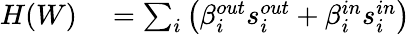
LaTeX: \begin{array}{rl}{H(W)}&{{}=\sum_{i}\left(\beta_{i}^{out}s_{i}^{out}+\beta_{i}^{in}s_{i}^{in}\right)}\end{array}